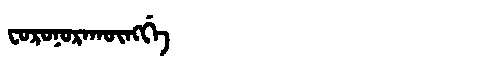
Manchu: ᠸᠣᡵᠣᠨᠣᡵᠠᡴᡡᠩᡤᡝ
Romanization: FORONORAKŪNGGE